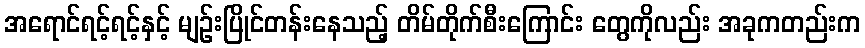
အရောင်ရင့်ရင့်နှင့် မျဉ်းပြိုင်တန်းနေသည့် တိမ်တိုက်စီးကြောင်း တွေကိုလည်း အခုကတည်းက